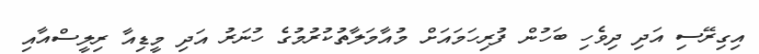
އިގިރޭސި އަދި ދިވެހި ބަހުން ފުރިހަމައަށް މުއާމަލާތުކުރުމުގެ ހުނަރު އަދި މީޑިއާ ރިލީސްއާއި